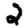
Digit: 2